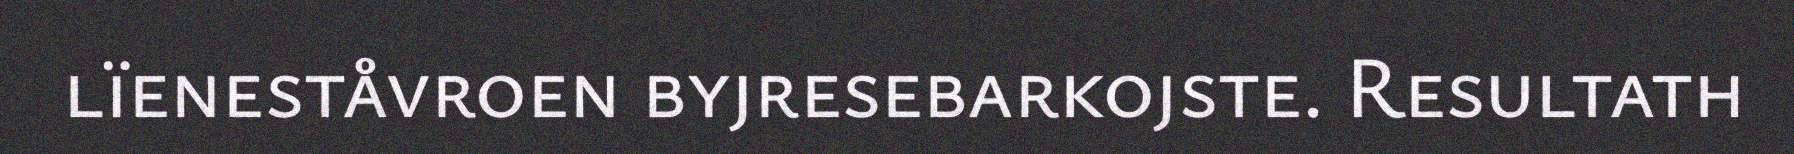
lïeneståvroen byjresebarkojste. Resultath